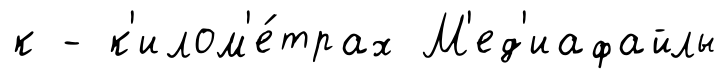
к - к'илом'е́трах М'ед'иафайлы